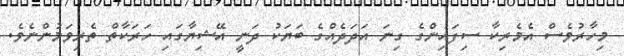
މިހާރުވެސް އެމެރިކާ ސިފައިންގެ ގިނަ އަދަދެއްގެ ބަޔަކު ދަނީ އޭޝިޔާގައި ހަރަކާތް ތެރިވަމުންނެވެ.